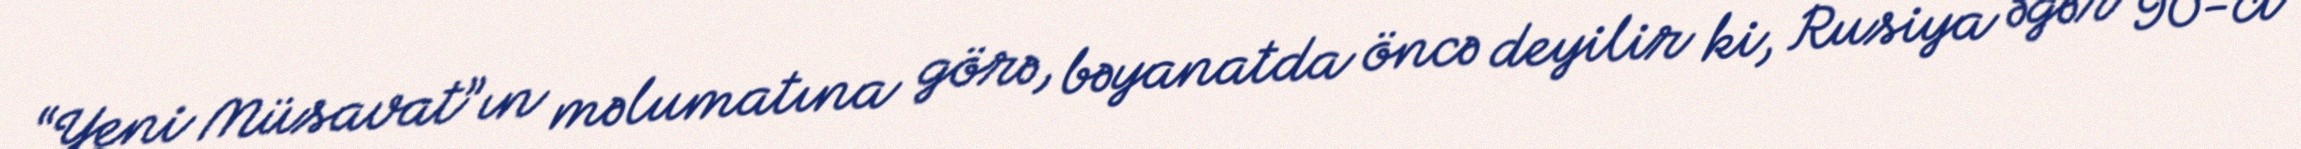
“Yeni Müsavat”ın məlumatına görə, bəyanatda öncə deyilir ki, Rusiya əgər 90-cı